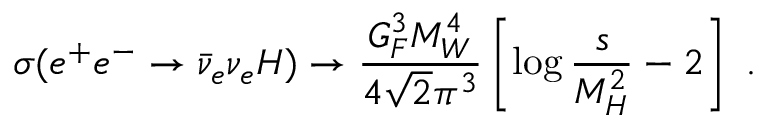
\sigma ( e ^ { + } e ^ { - } \to \bar { \nu } _ { e } \nu _ { e } H ) \to \frac { G _ { F } ^ { 3 } M _ { W } ^ { 4 } } { 4 \sqrt { 2 } \pi ^ { 3 } } \left[ \log \frac { s } { M _ { H } ^ { 2 } } - 2 \right] ~ .